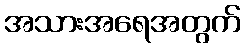
အသားအရေအတွက်